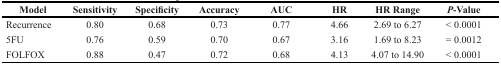
<table><thead><tr><td><b>Model</b></td><td><b>Sensitivity</b></td><td><b>Specificity</b></td><td><b>Accuracy</b></td><td><b>AUC</b></td><td><b>HR</b></td><td><b>HR Range</b></td><td><b><i>P</i>-Value</b></td></tr></thead><tbody><tr><td>Recurrence</td><td>0.80</td><td>0.68</td><td>0.73</td><td>0.77</td><td>4.66</td><td>2.69 to 6.27</td><td>&lt; 0.0001</td></tr><tr><td>5FU</td><td>0.76</td><td>0.59</td><td>0.70</td><td>0.67</td><td>3.16</td><td>1.69 to 8.23</td><td>= 0.0012</td></tr><tr><td>FOLFOX</td><td>0.88</td><td>0.47</td><td>0.72</td><td>0.68</td><td>4.13</td><td>4.07 to 14.90</td><td>&lt; 0.0001</td></tr></tbody></table>